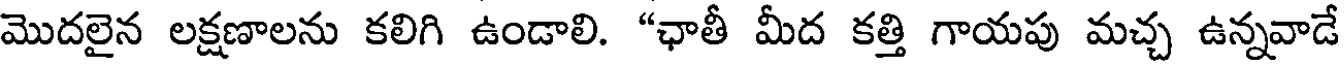
మొదలైన లక్షణాలను కలిగి ఉండాలి. "ఛాతీ మీద కత్తి గాయపు మచ్చ ఉన్నవాడే